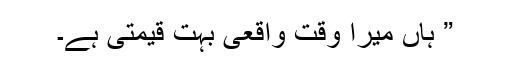
” ہاں میرا وقت واقعی بہت قیمتی ہے۔